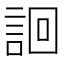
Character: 䛛